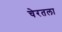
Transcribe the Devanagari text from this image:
चेरतला